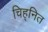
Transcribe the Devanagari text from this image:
चिह्‌नित